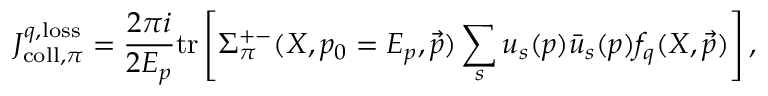
J _ { \mathrm { c o l l } , \pi } ^ { q , \mathrm { l o s s } } = \frac { 2 \pi i } { 2 E _ { p } } \mathrm { t r } \left[ \Sigma _ { \pi } ^ { + - } ( X , p _ { 0 } = E _ { p } , \vec { p } ) \sum _ { s } u _ { s } ( p ) \bar { u } _ { s } ( p ) f _ { q } ( X , \vec { p } ) \right] ,